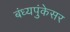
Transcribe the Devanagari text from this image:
बंध्यपुंकेसर